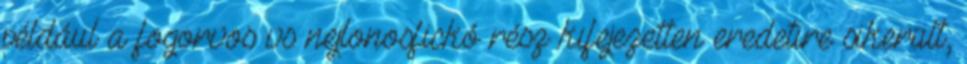
például a fogorvos vs nejlonosfickó rész kifejezetten eredetire sikerült,